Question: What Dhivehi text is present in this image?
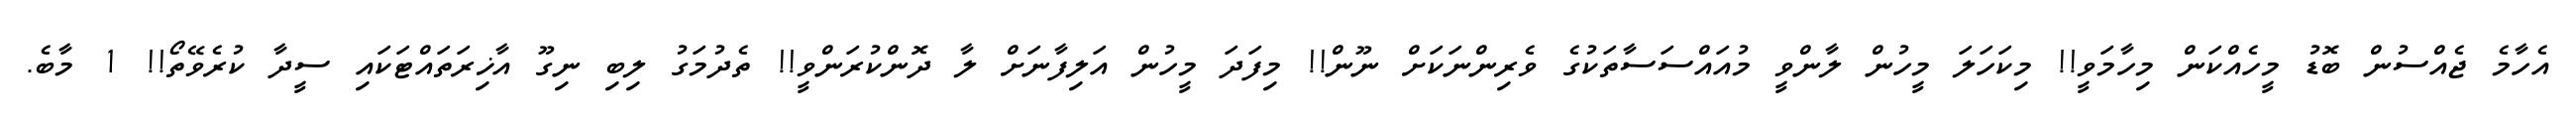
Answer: އެހާމެ ޖެއްސުން ބޮޑު މީހެއްކަން މިހާމަވީ!! މިކަހަލަ މީހުން ލާންވީ މުއައްސަސާތަކުގެ ވެރިންނަކަށް ނޫން!! މިފަދަ މީހުން އަލިފާނަށް ލާ ދޮންކުރަންވީ!! ތެދުމަގު ލިބި ނިގޫ އާޚިރަތައްޓަކައި ސީދާ ކުރެވޭތޯ!! 1 މާބެ.